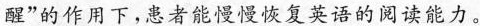
醒”的作用下，患者能慢慢恢复英语的阅读能力。